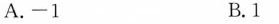
A.-1 B.1